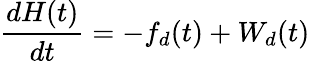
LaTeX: \frac{dH(t)}{dt}=-f_{d}(t)+W_{d}(t)